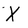
Character: X